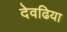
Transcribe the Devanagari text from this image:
देवढिया